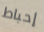
إحباط